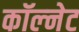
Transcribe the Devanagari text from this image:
कॉल्नेट